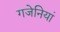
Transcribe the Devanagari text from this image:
गजेनियां